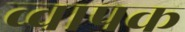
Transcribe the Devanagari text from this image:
व्वापक